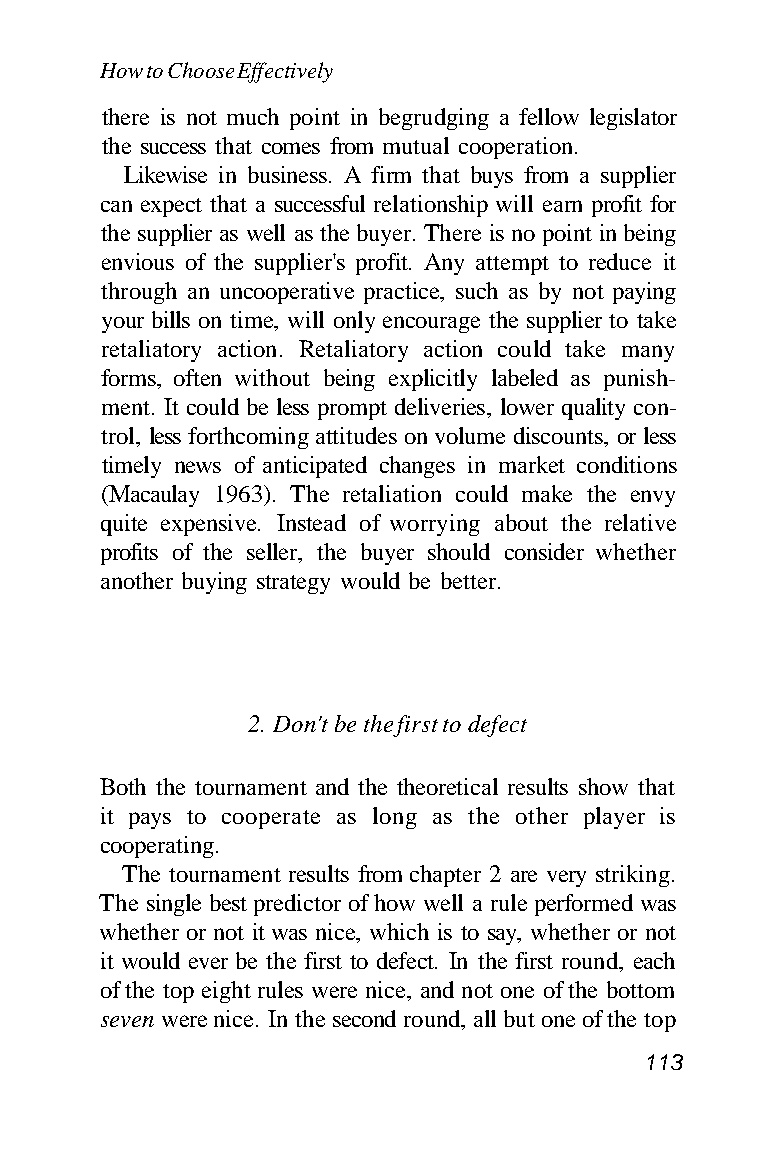
How to Choose Effectively
 there is not much point in begrudging a fellow legislator
 the success that comes from mutual cooperation.
 Likewise in business. A firm that buys from a supplier
 can expect that a successful relationship will earn profit for
 the supplier as well as the buyer. There is no point in being
 envious of the supplier's profit. Any attempt to reduce it
 through an uncooperative practice, such as by not paying
 your bills on time, will only encourage the supplier to take
 retaliatory action. Retaliatory action could take many
 forms, often without being explicitly labeled as punish-
 ment. It could be less prompt deliveries, lower quality con-
 trol, less forthcoming attitudes on volume discounts, or less
 timely news of anticipated changes in market conditions
 (Macaulay 1963). The retaliation could make the envy
 quite expensive. Instead of worrying about the relative
 profits of the seller, the buyer should consider whether
 another buying strategy would be better.
 2. Don't be the first to defect
 Both the tournament and the theoretical results show that
 it pays to cooperate as long as the other player is
 cooperating.
 The tournament results from chapter 2 are very striking.
 The single best predictor of how well a rule performed was
 whether or not it was nice, which is to say, whether or not
 it would ever be the first to defect. In the first round, each
 of the top eight rules were nice, and not one of the bottom
 seven were nice. In the second round, all but one of the top
 113